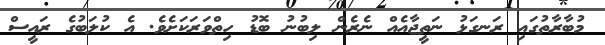
މުބާރާތުގައި ރަނގަޅު ނަތީޖާއެއް ނެރެން ލިބުނު ބޮޑު ހިތްވަރަކަށެވެ. އެ ކުލަބުގެ ރައީސް